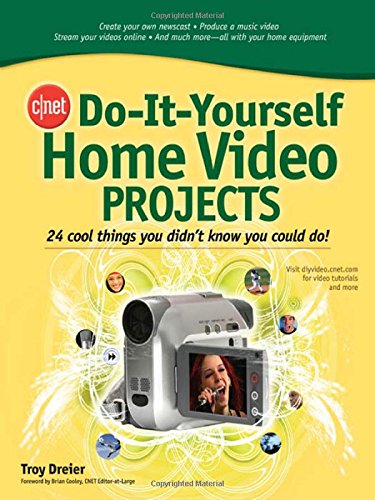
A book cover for CNET Do-It-Yourself Home Video Projects: 24 Cool Things You Didn't Know You Could Do!; Troy Dreier; Humor & Entertainment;